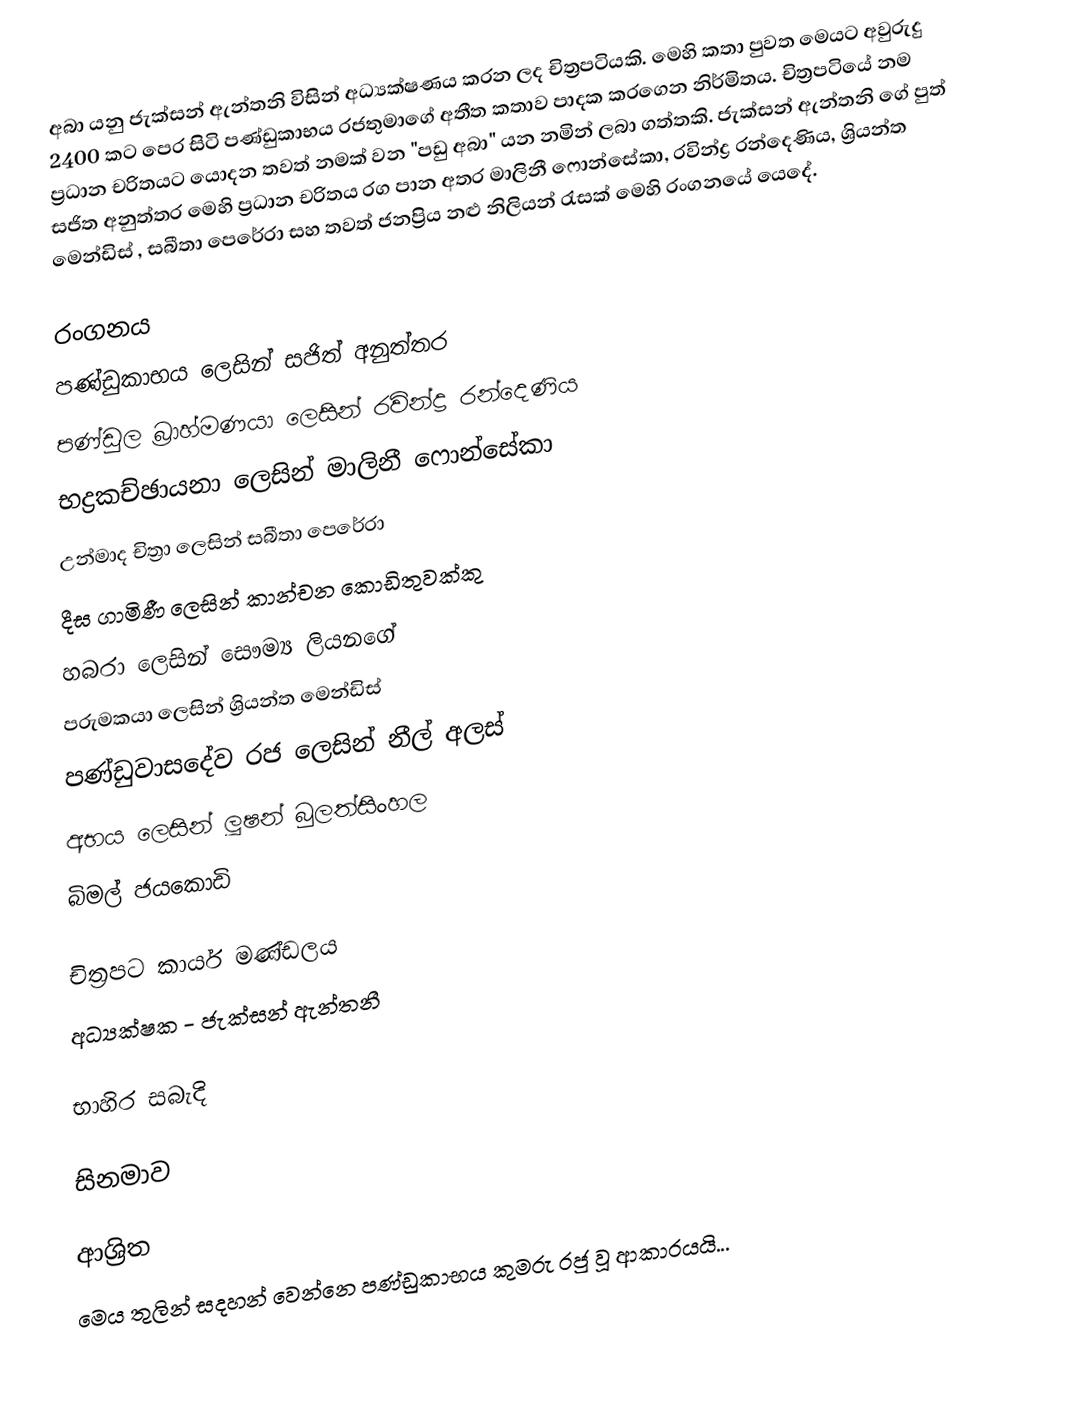
අබා යනු ජැක්සන් ඇන්තනි විසින් අධ්‍යක්ෂණය කරන ලද චිත්‍රපටියකි. මෙහි කතා පුවත මෙයට අවුරුදු 2400 කට පෙර සිටි පණ්ඩුකාභය රජතුමාගේ අතීත කතාව පාදක කරගෙන නිර්මිතය. චිත්‍රපටියේ නම ප්‍රධාන චරිතයට යොදන තවත් නමක් වන "පඩු අබා" යන නමින් ලබා ගත්තකි. ජැක්සන් ඇන්තනි ගේ පුත් සජිත අනුත්තර මෙහි ප්‍රධාන චරිතය රග පාන අතර මාලිනී ෆොන්සේකා, රවින්ද්‍ර රන්දෙණිය, ශ්‍රියන්ත මෙන්ඩිස් , සබීතා පෙරේරා සහ තවත් ජනප්‍රිය නළු නිලියන් රැසක් මෙහි රංගනයේ යෙදේ.

රංගනය
 පණ්ඩුකාභය ලෙසින් සජිත් අනුත්තර
 පණ්ඩුල බ්‍රාහ්මණයා ලෙසින් රවින්ද්‍ර රන්දෙණිය
 භද්‍රකච්ඡායනා ලෙසින් මාලිනී ෆොන්සේකා
 උන්මාද චිත්‍රා ලෙසින් සබීතා පෙරේරා
 දීඝ ගාමිණී ලෙසින් කාන්චන කොඩිතුවක්කු
 හබරා ලෙසින් සෞම්‍ය ලියනගේ
 පරුමකයා ලෙසින් ශ්‍රියන්ත මෙන්ඩිස්
 පණ්ඩුවාසදේව රජ ලෙසින් නීල් අලස්
 අභය ලෙසින් ලූෂන් බුලත්සිංහල
බිමල් ජයකොඩි

චිත්‍රපට කාර්ය මණ්ඩලය
 අධ්‍යක්ෂක - ජැක්සන් ඇන්තනී

භාහිර සබැදි

සිනමාව

ආශ්‍රිත
මෙය තුලින් සදහන් වෙන්නෙ පණ්ඩුකාභය කුමරු රජු වූ ආකාරයයි...